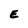
Character: E